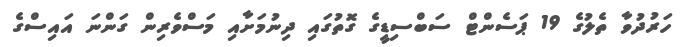
ހަރުދުވާ ތެލުގެ 19 ޕަސެންޓް ސަބްސިޑީގެ ގޮތުގައި ދިނުމަށާއި މަސްވެރިން ގަންނަ އައިސްގެ